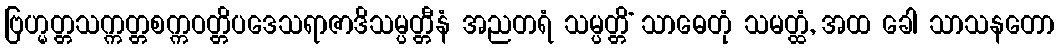
ဗြဟ္မတ္တသက္ကတ္တစက္ကဝတ္တိပဒေသရာဇာဒိသမ္ပတ္တီနံ အညတရံ သမ္ပတ္တိံ သာဓေတုံ သမတ္ထံ, အထ ခေါ သာသနတော